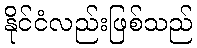
နိုင်ငံလည်းဖြစ်သည်